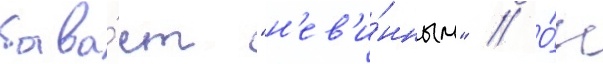
быва́ет "н'ев'и́нным" // О́н